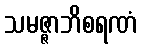
သမဇ္ဇာဘိစရဏံ